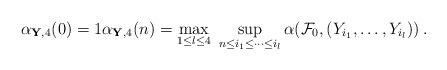
LaTeX: \begin{align*} \alpha_{{\bf Y},4}(0) =1 \alpha_{{\bf Y},4}(n) = \max_{1 \leq l \leq4} \ \sup_{ n\leq i_1\leq \cdots \leq i_l} \alpha({\mathcal F}_0,(Y_{i_1}, \dots, Y_{i_l})) \, .\end{align*}